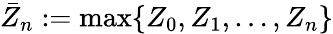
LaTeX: \bar{Z}_{n}:=\operatorname*{max}\{ Z_{0},Z_{1},\ldots,Z_{n}\}